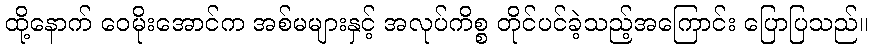
ထို့နောက် ဝေမိုးအောင်က အစ်မများနှင့် အလုပ်ကိစ္စ တိုင်ပင်ခဲ့သည့်အကြောင်း ပြောပြသည်။